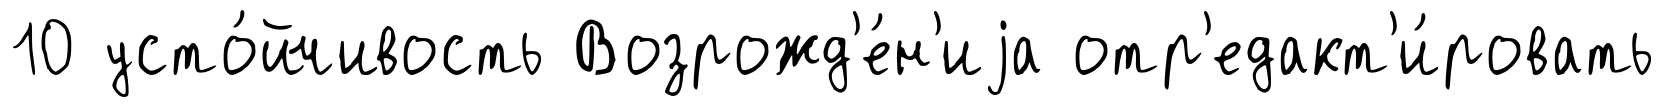
10 усто́йчивость Возрожд'е́н'иjа отр'едакт'и́ровать